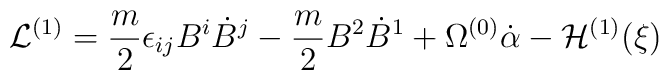
{\cal L}^{(1)} = \frac{m}{2} \epsilon_{ij} B^i \dot B^j - \frac{m}{2} B^2 \dot B^1 +  \Omega^{(0)}\dot\alpha - {\cal H}^{(1)}(\xi)